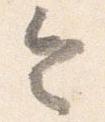
令